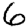
Digit: 6